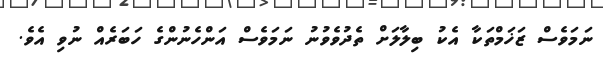
ނަމަވެސް ޒަޚަމްތަކާ އެކު ބިލާލަށް ތެދުވެވުނު ނަމަވެސް އަންހެނުންގެ ހަބަރެއް ނުވި އެވެ.